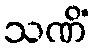
သဏိံ